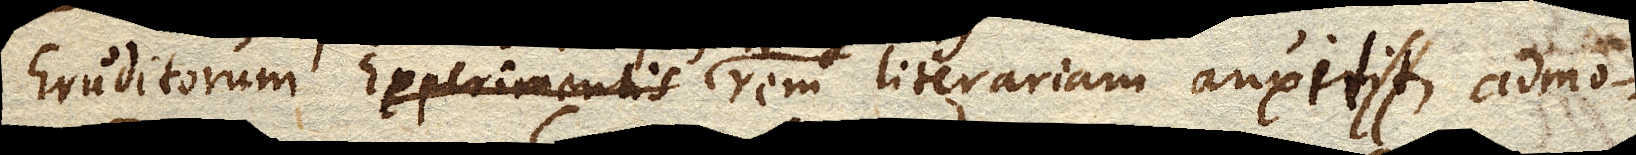
Eruditorum rem literariam auxit, admo–